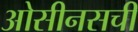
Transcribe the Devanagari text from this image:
ओसीनसची